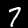
Label: 7